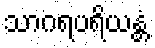
သာဂရပရိယန္တံ